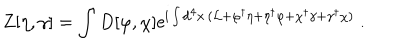
LaTeX: Z [ \eta , \gamma ] = \int D [ \varphi , \chi ] \mathrm { e } ^ { \mathrm { i } \int \mathrm { d } ^ { 4 } x \, ( { \cal L } + \varphi ^ { \dagger } \eta + \eta ^ { \dagger } \varphi + \chi ^ { \dagger } \gamma + \gamma ^ { \dagger } \chi ) } \ .